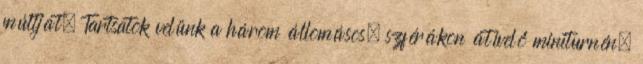
múltját. Tartsatok velünk a három állomásos, szférákon átívelő miniturnén,